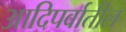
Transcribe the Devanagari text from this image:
आदिपर्वातील